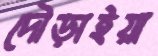
দৌড়াইয়া